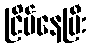
ငြိမ်နေပြီး